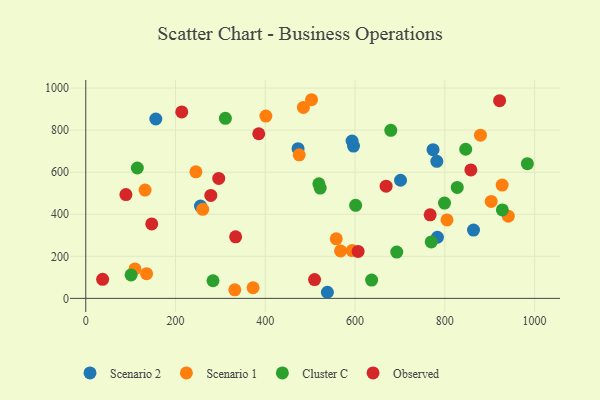
{"axis": {"x": "Study Hours", "y": "Sales"}, "legend": ["Cluster C", "Observed", "Scenario 1", "Scenario 2"], "data": [{"x": "538.3", "y": 29.0, "type": "Scenario 2"}, {"x": "156.1", "y": 853.0, "type": "Scenario 2"}, {"x": "473.0", "y": 712.1, "type": "Scenario 2"}, {"x": "863.9", "y": 325.0, "type": "Scenario 2"}, {"x": "773.7", "y": 707.3, "type": "Scenario 2"}, {"x": "783.5", "y": 290.6, "type": "Scenario 2"}, {"x": "255.6", "y": 438.8, "type": "Scenario 2"}, {"x": "596.5", "y": 724.2, "type": "Scenario 2"}, {"x": "701.3", "y": 561.8, "type": "Scenario 2"}, {"x": "782.2", "y": 651.9, "type": "Scenario 2"}, {"x": "593.3", "y": 748.5, "type": "Scenario 2"}, {"x": "332.1", "y": 40.5, "type": "Scenario 1"}, {"x": "567.7", "y": 225.6, "type": "Scenario 1"}, {"x": "245.4", "y": 601.9, "type": "Scenario 1"}, {"x": "879.4", "y": 776.3, "type": "Scenario 1"}, {"x": "475.5", "y": 682.8, "type": "Scenario 1"}, {"x": "135.5", "y": 117.4, "type": "Scenario 1"}, {"x": "132.1", "y": 515.2, "type": "Scenario 1"}, {"x": "903.3", "y": 461.0, "type": "Scenario 1"}, {"x": "401.3", "y": 866.8, "type": "Scenario 1"}, {"x": "372.8", "y": 50.5, "type": "Scenario 1"}, {"x": "804.8", "y": 373.0, "type": "Scenario 1"}, {"x": "484.9", "y": 908.1, "type": "Scenario 1"}, {"x": "503.0", "y": 944.7, "type": "Scenario 1"}, {"x": "927.7", "y": 538.6, "type": "Scenario 1"}, {"x": "109.6", "y": 140.0, "type": "Scenario 1"}, {"x": "558.1", "y": 283.0, "type": "Scenario 1"}, {"x": "593.5", "y": 227.4, "type": "Scenario 1"}, {"x": "260.6", "y": 423.5, "type": "Scenario 1"}, {"x": "941.4", "y": 390.8, "type": "Scenario 1"}, {"x": "928.2", "y": 420.4, "type": "Cluster C"}, {"x": "827.7", "y": 527.7, "type": "Cluster C"}, {"x": "769.7", "y": 268.5, "type": "Cluster C"}, {"x": "983.9", "y": 640.5, "type": "Cluster C"}, {"x": "692.9", "y": 220.3, "type": "Cluster C"}, {"x": "601.3", "y": 442.6, "type": "Cluster C"}, {"x": "799.3", "y": 453.2, "type": "Cluster C"}, {"x": "101.0", "y": 111.7, "type": "Cluster C"}, {"x": "114.9", "y": 619.9, "type": "Cluster C"}, {"x": "283.5", "y": 83.9, "type": "Cluster C"}, {"x": "519.4", "y": 544.9, "type": "Cluster C"}, {"x": "636.9", "y": 87.0, "type": "Cluster C"}, {"x": "522.3", "y": 524.7, "type": "Cluster C"}, {"x": "311.1", "y": 856.2, "type": "Cluster C"}, {"x": "679.6", "y": 799.0, "type": "Cluster C"}, {"x": "846.5", "y": 709.1, "type": "Cluster C"}, {"x": "89.5", "y": 493.4, "type": "Observed"}, {"x": "509.8", "y": 89.6, "type": "Observed"}, {"x": "333.9", "y": 292.7, "type": "Observed"}, {"x": "606.8", "y": 223.1, "type": "Observed"}, {"x": "669.2", "y": 533.6, "type": "Observed"}, {"x": "767.3", "y": 397.2, "type": "Observed"}, {"x": "37.6", "y": 90.7, "type": "Observed"}, {"x": "858.0", "y": 611.0, "type": "Observed"}, {"x": "213.9", "y": 886.5, "type": "Observed"}, {"x": "278.6", "y": 489.8, "type": "Observed"}, {"x": "147.0", "y": 354.0, "type": "Observed"}, {"x": "296.3", "y": 570.4, "type": "Observed"}, {"x": "385.4", "y": 783.0, "type": "Observed"}, {"x": "922.0", "y": 940.0, "type": "Observed"}]}